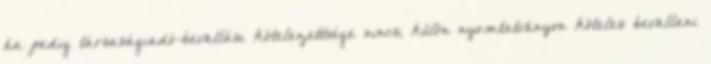
ha pedig társaságiadó-bevallási kötelezettsége nincs, külön nyomtatványon köteles bevallani